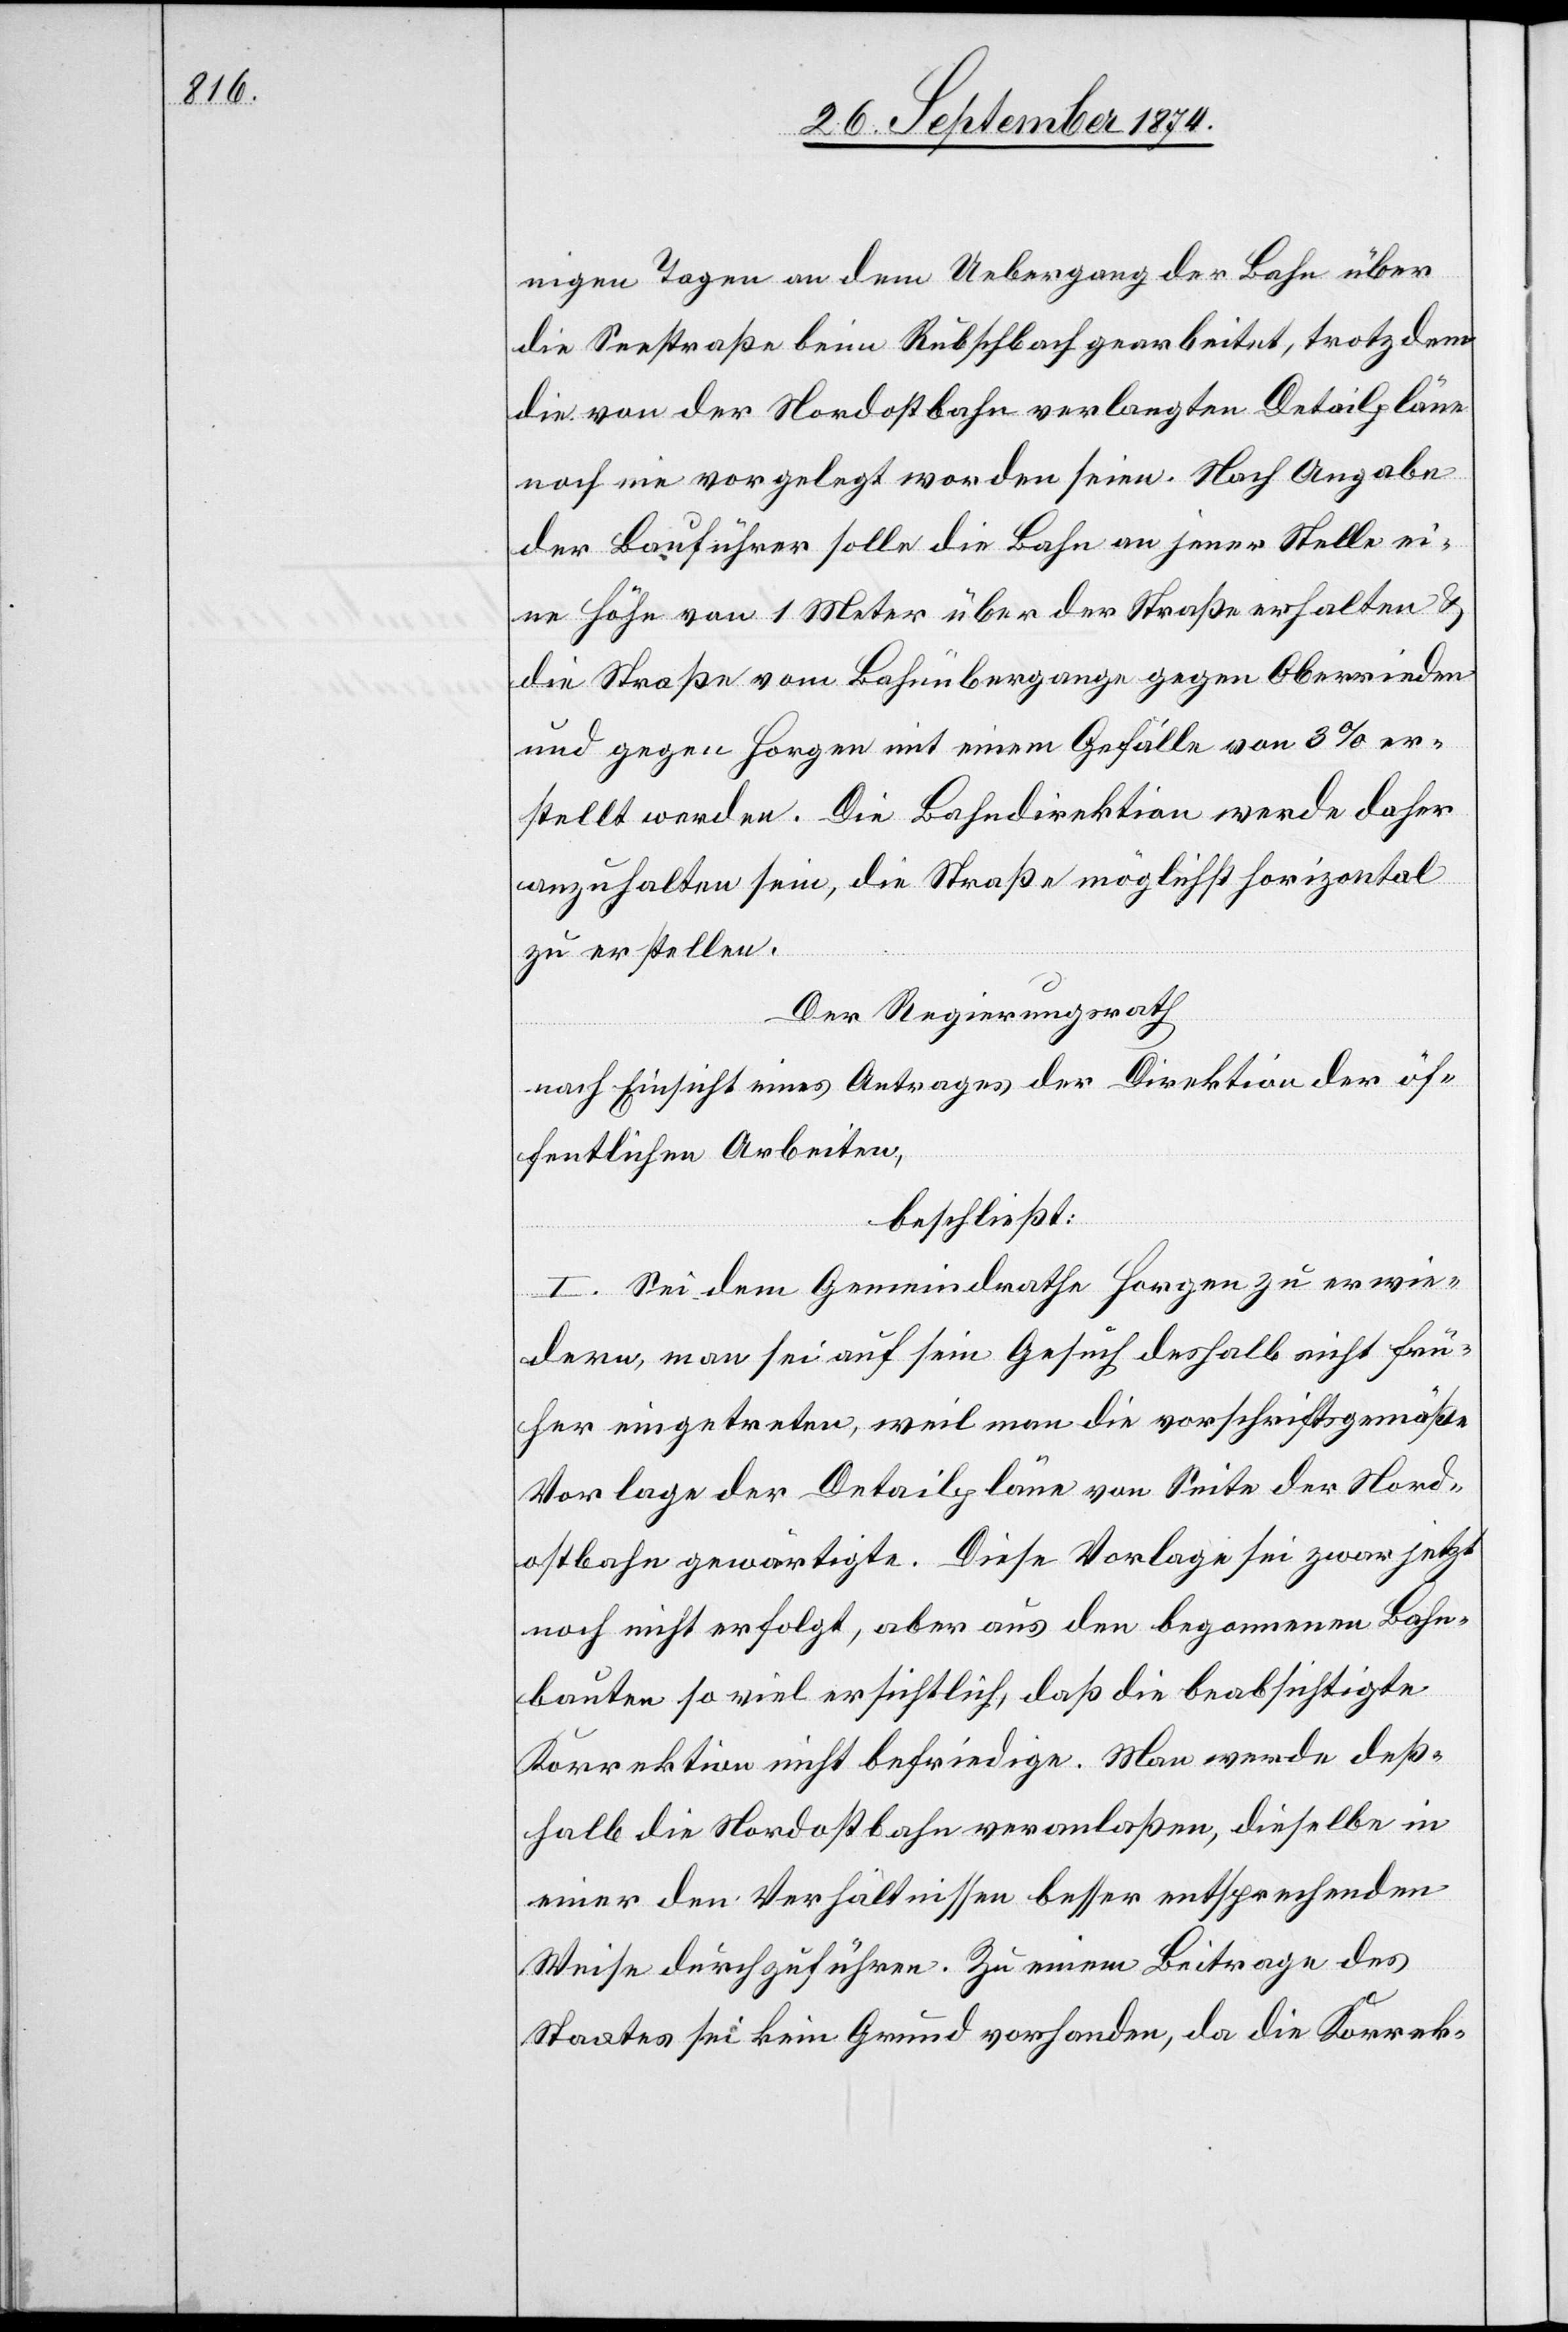
nigen Tagen an dem Uebergang der Bahn über
die Seestraße beim Rubschbach gearbeitet, trotzdem
die von der Nordostbahn verlangten Detailpläne
noch nie vorgelegt worden seien. Nach Angabe
der Laufführer solle die Bahn an jener Stelle ei¬
ne Höhe von 1 Meter über der Straße erhalten &
die Straße vom Bahnübergange gegen Oberrieden
und gegen Horgen mit einem Gefälle von 3% er¬
stellt werden. Die Bahndirektion werde daher
anzuhalten sein, die Straße möglichst horizontal
zu erstellen.
Der Regierungsrath
nach Einsicht eines Antrages der Direktion der öf¬
fentlichen Arbeiten,
beschließt:
I. Sei dem Gemeindrathe Horgen zu erwie¬
dern, man sei auf sein Gesuch deshalb nicht frü¬
her eingetreten, weil man die vorschriftsgemäße
Vorlage der Detailpläne von Seite der Nord¬
ostbahn gewärtigte. Diese Vorlage sei zwar jetzt
noch nicht erfolgt, aber aus den begonnenen Bahn¬
bauten so viel ersichtlich, daß die beabsichtigte
Korrektion nicht befriedige. Man werde deß¬
halb die Nordostbahn veranlaßen, dieselbe in
einer den Verhältnissen besser entsprechenden
Weise durchzuführen. Zu einem Beitrage des
Staates sei kein Grund vorhanden, da die Korrek-